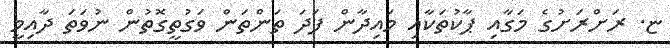
ޏ. ރަށްރަށުގެ މަގާއި ޕާކުތަކާއި މައިދާން ފަދަ ތަންތަން ވަގުތީގޮތުން ނުވަތަ ދާއިމީ